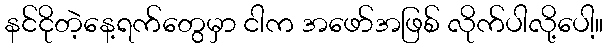
နင်ငိုတဲ့နေ့ရက်တွေမှာ ငါက အဖော်အဖြစ် လိုက်ပါလို့ပေါ့။